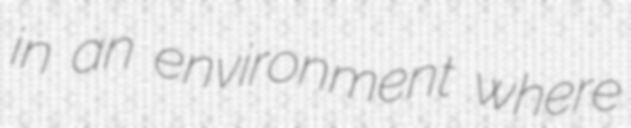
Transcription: in an environment where